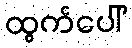
ထွက်ပေါ်